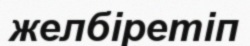
желбіретіп